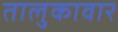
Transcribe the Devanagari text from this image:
तालुकावार